Civil Veterinary Dept. Bombay admin report 1914-1922 - 1914-1922
Year: 1914
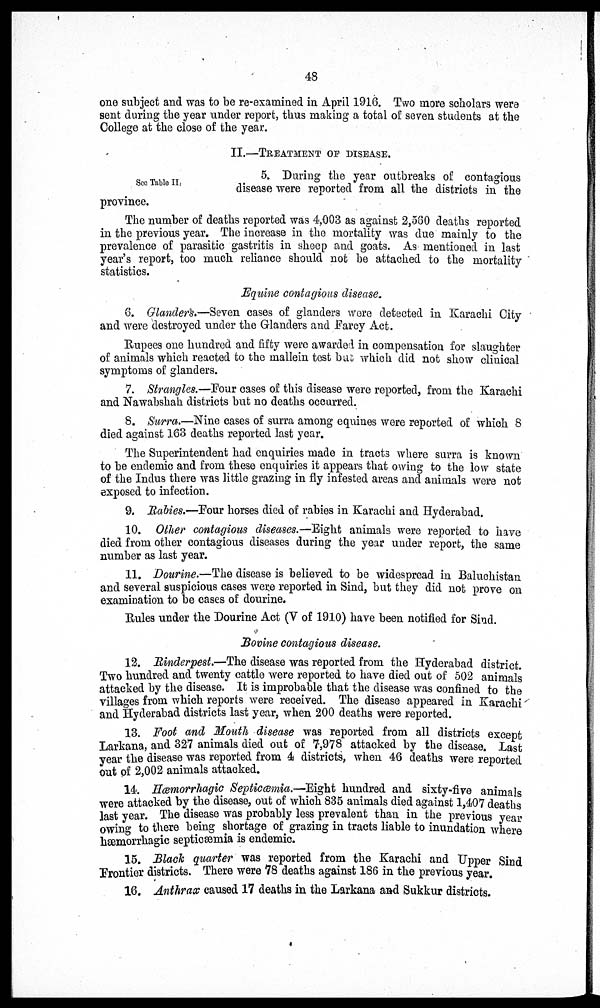
48
one subject and was to be re-examined in April 1916. Two more scholars were
sent during the year under report, thus making a total of seven students at the
College at the close of the year.
II.—TREATMENT OF DISEASE.
See Table II.
5. During the year outbreaks of contagious
disease were reported from all the districts in the
province.
The number of deaths reported was 4,003 as against 2,560 deaths reported
in the previous year. The increase in the mortality was due mainly to the
prevalence of parasitic gastritis in sheep and goats. As mentioned in last
year's report, too much reliance should not be attached to the mortality
statistics.
Equine contagious disease.
6. Glanders.—Seven cases of glanders wore detected in Karachi City
and were destroyed under the Glanders and Farcy Act.
Rupees one hundred and fifty were awarded in compensation for slaughter
of animals which reacted to the mallein test but which did not show clinical
symptoms of glanders.
7. Strangles.—Four cases of this disease were reported, from the Karachi
and Nawabshah districts but no deaths occurred.
8. Surra.—Nine cases of surra among equines were reported of which 8
died against 163 deaths reported last year.
The Superintendent had enquiries made in tracts where surra is known
to be endemic and from these enquiries it appears that owing to the low state
of the Indus there was little grazing in fly infested areas and animals were not
exposed to infection.
9. Rabies.—Four horses died of rabies in Karachi and Hyderabad.
10. Other contagious diseases.—Eight animals were reported to have
died from other contagious diseases during the year under report, the same
number as last year.
11. Dourine.—The disease is believed to be widespread in Baluchistan
and several suspicious cases were reported in Sind, but they did not prove on
examination to be cases of dourine.
Rules under the Dourine Act (V of 1910) have been notified for Sind.
Bovine contagious disease.
12. Rinderpest.—The disease was reported from the Hyderabad district.
Two hundred and twenty cattle were reported to have died out of 502 animals
attacked by the disease. It is improbable that the disease was confined to the
villages from which reports were received. The disease appeared in Karachi
and Hyderabad districts last year, when 200 deaths were reported.
13. Foot and Mouth disease was reported from all districts except
Larkana, and 327 animals died out of 7,978 attacked by the disease. Last
year the disease was reported from 4 districts, when 46 deaths were reported
out of 2,002 animals attacked.
14. Hæmorrhagic Septicæmia.—Eight hundred and sixty-five animals
were attacked by the disease, out of which 835 animals died against 1,407 deaths
last year. The disease was probably less prevalent than in the previous year
owing to there being shortage of grazing in tracts liable to inundation where
hæmorrhagic septicæmia is endemic.
15. Black quarter was reported from the Karachi and Upper Sind
Frontier districts. There were 78 deaths against 186 in the previous year.
16. Anthrax caused 17 deaths in the Larkana and Sukkur districts.